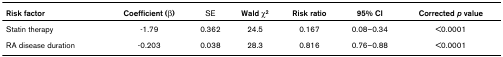
<table><thead><tr><td><b>Risk factor</b></td><td><b>Coefficient (β)</b></td><td><b>SE</b></td><td><b>Wald χ<sup>2</sup></b></td><td><b>Risk ratio</b></td><td><b>95% CI</b></td><td><b>Corrected <i>p </i>value</b></td></tr></thead><tbody><tr><td>Statin therapy</td><td>-1.79</td><td>0.362</td><td>24.5</td><td>0.167</td><td>0.08–0.34</td><td>&lt;0.0001</td></tr><tr><td>RA disease duration</td><td>-0.203</td><td>0.038</td><td>28.3</td><td>0.816</td><td>0.76–0.88</td><td>&lt;0.0001</td></tr></tbody></table>